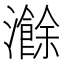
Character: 𬉣